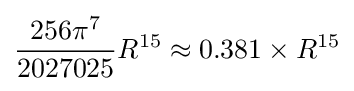
{\frac {256\pi ^{7}}{2027025}}R^{15}\approx 0.381\times R^{15}